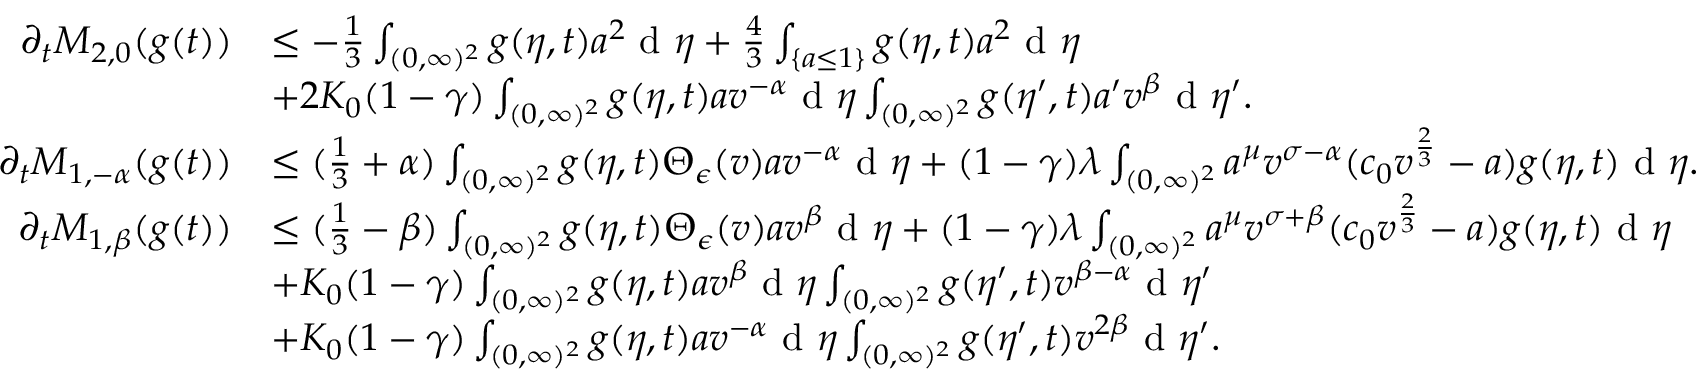
\begin{array} { r l } { \partial _ { t } M _ { 2 , 0 } ( g ( t ) ) } & { \leq - \frac { 1 } { 3 } \int _ { ( 0 , \infty ) ^ { 2 } } g ( \eta , t ) a ^ { 2 } \textup { d } \eta + \frac { 4 } { 3 } \int _ { \{ a \leq 1 \} } g ( \eta , t ) a ^ { 2 } \textup { d } \eta } \\ & { + 2 K _ { 0 } ( 1 - \gamma ) \int _ { ( 0 , \infty ) ^ { 2 } } g ( \eta , t ) a v ^ { - \alpha } \textup { d } \eta \int _ { ( 0 , \infty ) ^ { 2 } } g ( \eta ^ { \prime } , t ) a ^ { \prime } v ^ { \beta } \textup { d } \eta ^ { \prime } . } \\ { \partial _ { t } M _ { 1 , - \alpha } ( g ( t ) ) } & { \leq ( \frac { 1 } { 3 } + \alpha ) \int _ { ( 0 , \infty ) ^ { 2 } } g ( \eta , t ) \Theta _ { \epsilon } ( v ) a v ^ { - \alpha } \textup { d } \eta + ( 1 - \gamma ) \lambda \int _ { ( 0 , \infty ) ^ { 2 } } a ^ { \mu } v ^ { \sigma - \alpha } ( c _ { 0 } v ^ { \frac { 2 } { 3 } } - a ) g ( \eta , t ) \textup { d } \eta . } \\ { \partial _ { t } M _ { 1 , \beta } ( g ( t ) ) } & { \leq ( \frac { 1 } { 3 } - \beta ) \int _ { ( 0 , \infty ) ^ { 2 } } g ( \eta , t ) \Theta _ { \epsilon } ( v ) a v ^ { \beta } \textup { d } \eta + ( 1 - \gamma ) \lambda \int _ { ( 0 , \infty ) ^ { 2 } } a ^ { \mu } v ^ { \sigma + \beta } ( c _ { 0 } v ^ { \frac { 2 } { 3 } } - a ) g ( \eta , t ) \textup { d } \eta } \\ & { + K _ { 0 } ( 1 - \gamma ) \int _ { ( 0 , \infty ) ^ { 2 } } g ( \eta , t ) a v ^ { \beta } \textup { d } \eta \int _ { ( 0 , \infty ) ^ { 2 } } g ( \eta ^ { \prime } , t ) v ^ { \beta - \alpha } \textup { d } \eta ^ { \prime } } \\ & { + K _ { 0 } ( 1 - \gamma ) \int _ { ( 0 , \infty ) ^ { 2 } } g ( \eta , t ) a v ^ { - \alpha } \textup { d } \eta \int _ { ( 0 , \infty ) ^ { 2 } } g ( \eta ^ { \prime } , t ) v ^ { 2 \beta } \textup { d } \eta ^ { \prime } . } \end{array}